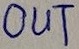
Text: OUT